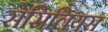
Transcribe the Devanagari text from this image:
सेसिलियस